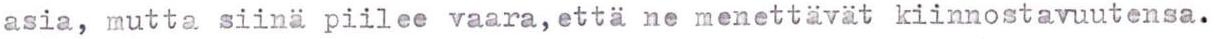
asia, mutta siinä piilee vaara, että ne menettävät kiinnostavuutensa.